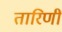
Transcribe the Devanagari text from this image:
तारिणीं